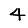
Digit: 4